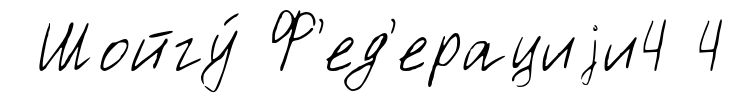
Шойгу́ Ф'ед'ерациjи4 4